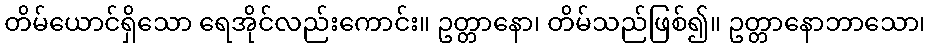
တိမ်ယောင်ရှိသော ရေအိုင်လည်းကောင်း။ ဥတ္တာနော၊ တိမ်သည်ဖြစ်၍။ ဥတ္တာနောဘာသော၊